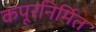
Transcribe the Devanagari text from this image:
कपूरनिर्मित